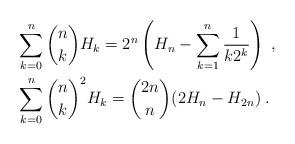
LaTeX: \begin{align*}&\sum_{k=0}^{n} \binom{n}{k}H_k=2^n\left(H_n-\sum_{k=1}^{n}\frac{1}{k2^k}\right)\;,\\&\sum_{k=0}^{n}\binom{n}{k}^2H_k=\binom{2n}{n}(2H_n-H_{2n})\;.\end{align*}